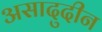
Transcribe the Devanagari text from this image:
असादुदीन